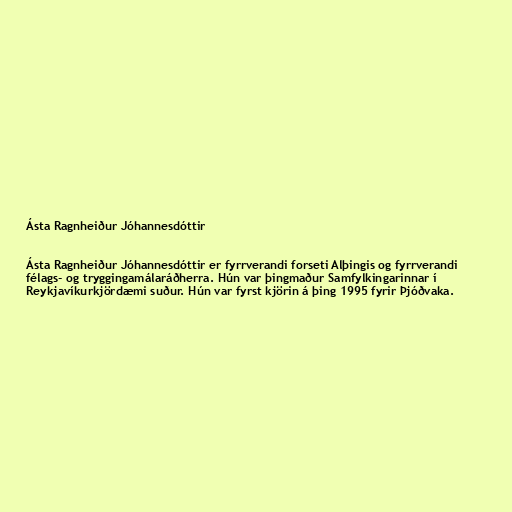
Ásta Ragnheiður Jóhannesdóttir

Ásta Ragnheiður Jóhannesdóttir er fyrrverandi forseti Alþingis og fyrrverandi
félags- og tryggingamálaráðherra. Hún var þingmaður Samfylkingarinnar í
Reykjavíkurkjördæmi suður. Hún var fyrst kjörin á þing 1995 fyrir Þjóðvaka.